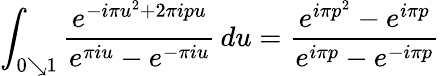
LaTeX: \int_{0\searrow 1}{\frac{e^{-i\pi u^{2}+2\pi ipu}}{e^{\pi iu}-e^{-\pi iu}}}\, du={\frac{e^{i\pi p^{2}}-e^{i\pi p}}{e^{i\pi p}-e^{-i\pi p}}}